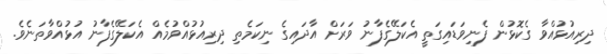
ދިރިއުޅުއްވާ ގެކޮޅުން ފެނިވަޑައިގަތީ އެކަލޭގެފާނު ވަރަށް އާދައިގެ ނިކަމެތި ދިރިއުޅުއްވުމެއް އެކަލޭގެފާނު އުޅުއްވާތަނެވެ.